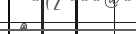
٨